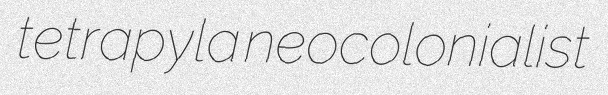
tetrapyla neocolonialist